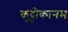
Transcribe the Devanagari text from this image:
कुट्टीकानम